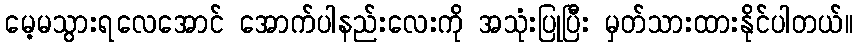
မေ့မသွားရလေအောင် အောက်ပါနည်းလေးကို အသုံးပြုပြီး မှတ်သားထားနိုင်ပါတယ်။